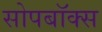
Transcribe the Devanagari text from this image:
सोपबॉक्स